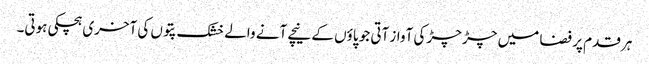
ہر قدم پر فضا میں چڑ چڑ کی آواز آتی جو پاؤں کے نیچے آنے والے خشک پتوں کی آخری ہچکی ہوتی۔